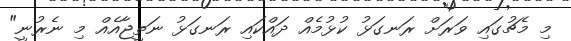
މި މެޗުގައި ވަރަށް ރަނގަޅު ކުޅުމެއް ދައްކައި ރަނގަޅު ނަތީޖާއެއް މި ނެރުނީ"